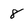
Character: 8